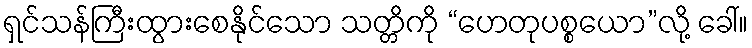
ရှင်သန်ကြီးထွားစေနိုင်သော သတ္တိကို “ဟေတုပစ္စယော”လို့ ခေါ်။